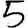
Digit: 5